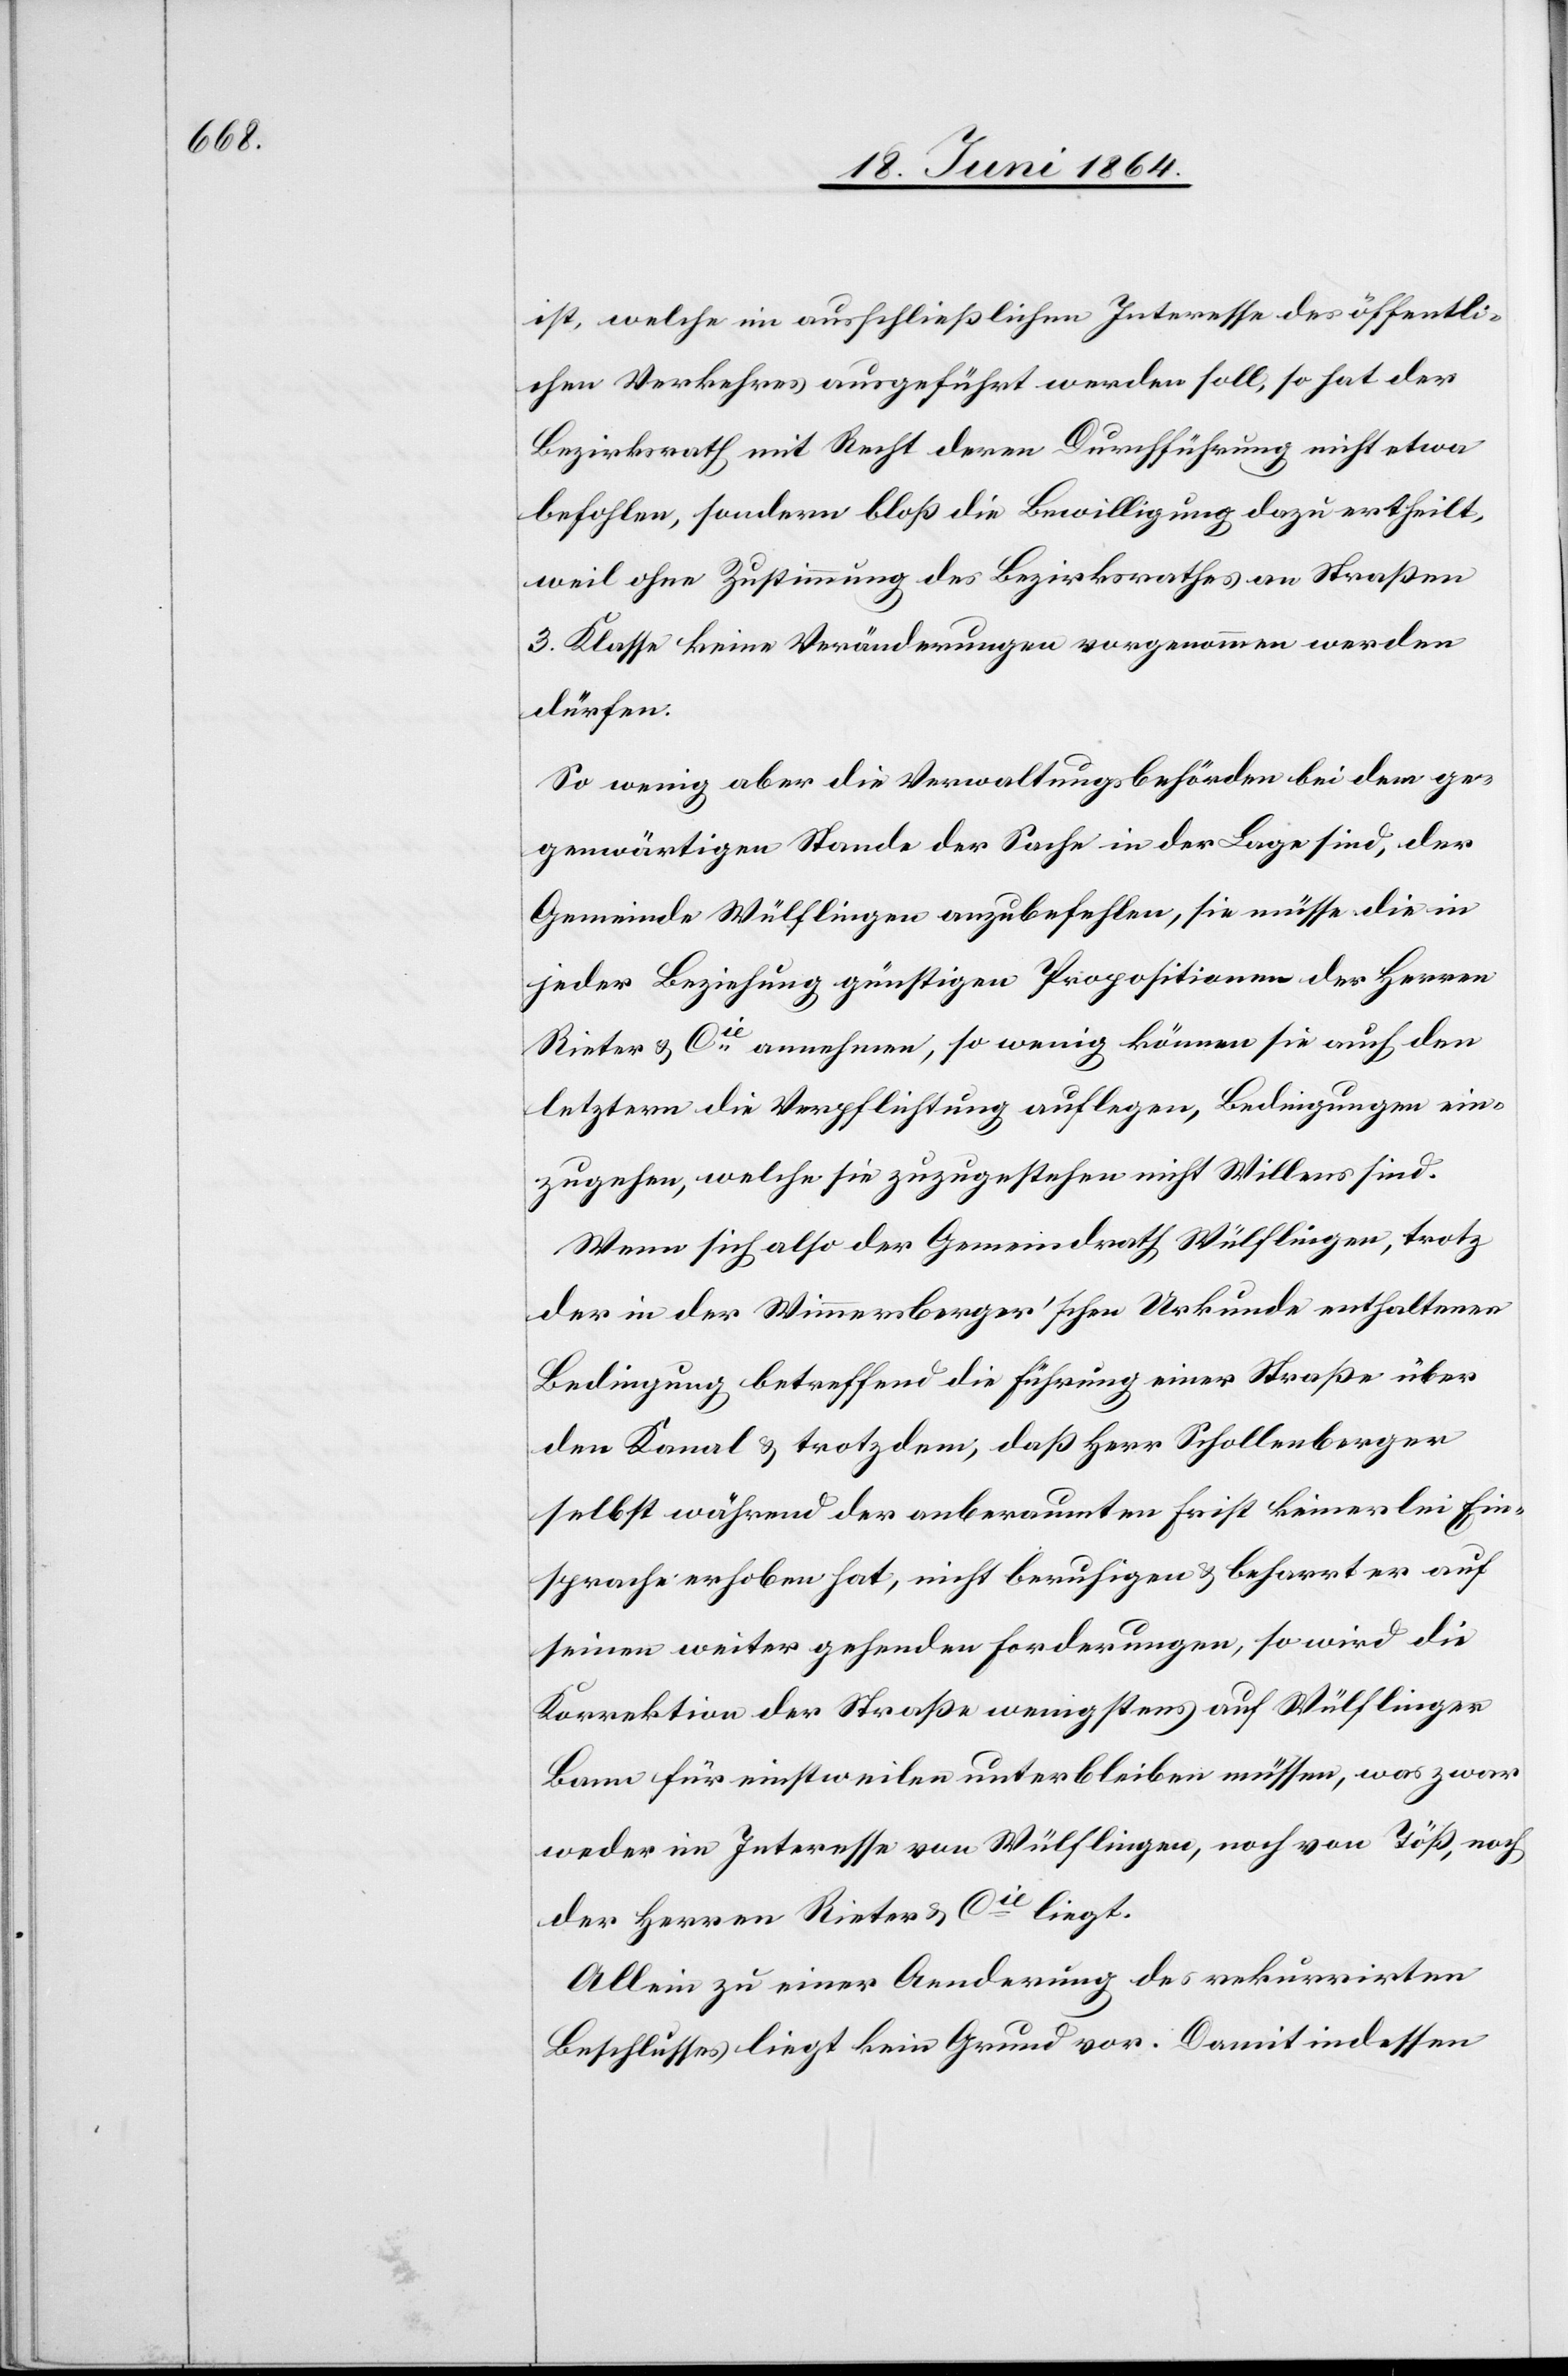
ist, welche im ausschließlichen Interesse des öffentli¬
chen Verkehres ausgeführt werden soll, so hat der
Bezirksrath mit Recht deren Durchführung nicht etwa
befohlen, sondern bloß die Bewilligung dazu ertheilt,
weil ohne Zustimmung des Bezirksrathes an Straßen
3. Klasse keine Veränderungen vorgenommen werden
dürfen.
So wenig aber die Verwaltungsbehörden bei dem ge¬
genwärtigen Stande der Sache in der Lage sind, der
Gemeinde Wülflingen anzubefehlen, sie müsse die in
jeder Beziehung günstigen Propositionen der Herren
Rieter & Cie annehmen, so wenig können sie auch den
letztern die Verpflichtung auflegen, Bedingungen ein¬
zugehen, welche sie zuzugestehen nicht Willens sind.
Wenn sich also der Gemeindrath Wülflingen, trotz
der in der Wimmersberger’schen Urkunde enthaltenen
Bedingung betreffend die Führung einer Straße über
den Kanal u. trotzdem, daß Herr Schollenberger
selbst während der anberaumten Frist keinerlei Ein¬
sprache erhoben hat, nicht beruhigen u. beharrt er auf
seinen weiter gehenden Forderungen, so wird die
Korrektion der Straße wenigstens auf Wülflinger
Bann für einstweilen unterbleiben müssen, was zwar
weder im Interesse von Wülflingen, noch von Töß, noch
der Herren Rieter & Cie liegt.
Allein zu einer Aenderung des rekurrirten
Beschlusses liegt kein Grund vor. Damit indessen